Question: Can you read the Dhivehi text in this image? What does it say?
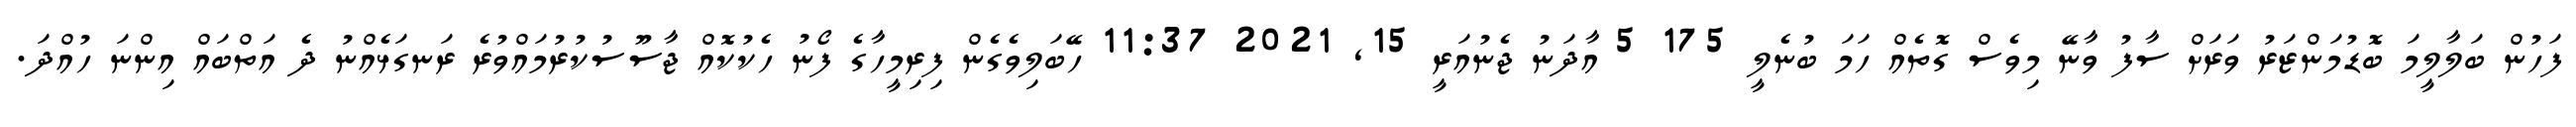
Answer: ފަހުން ބަލާލީމަ ބޮޑުމަންޒަރު ވަރަށް ސާފު ވާނޭ މިވެސް ގޮތެއް ހަމަ ބުނެލީ 175 5 އާދަނު ޖެނުއަރީ 15, 2021 11:37 ހޭބަލިވެގެން ފިރިމީހާގެ ފޯނު ހެކުކޮއް ޖާސޫސުކުރުމައްވުރެ ރަނގަޅެއްނު ދެ އަތްބައް އިންނަ ހުއްދަ.